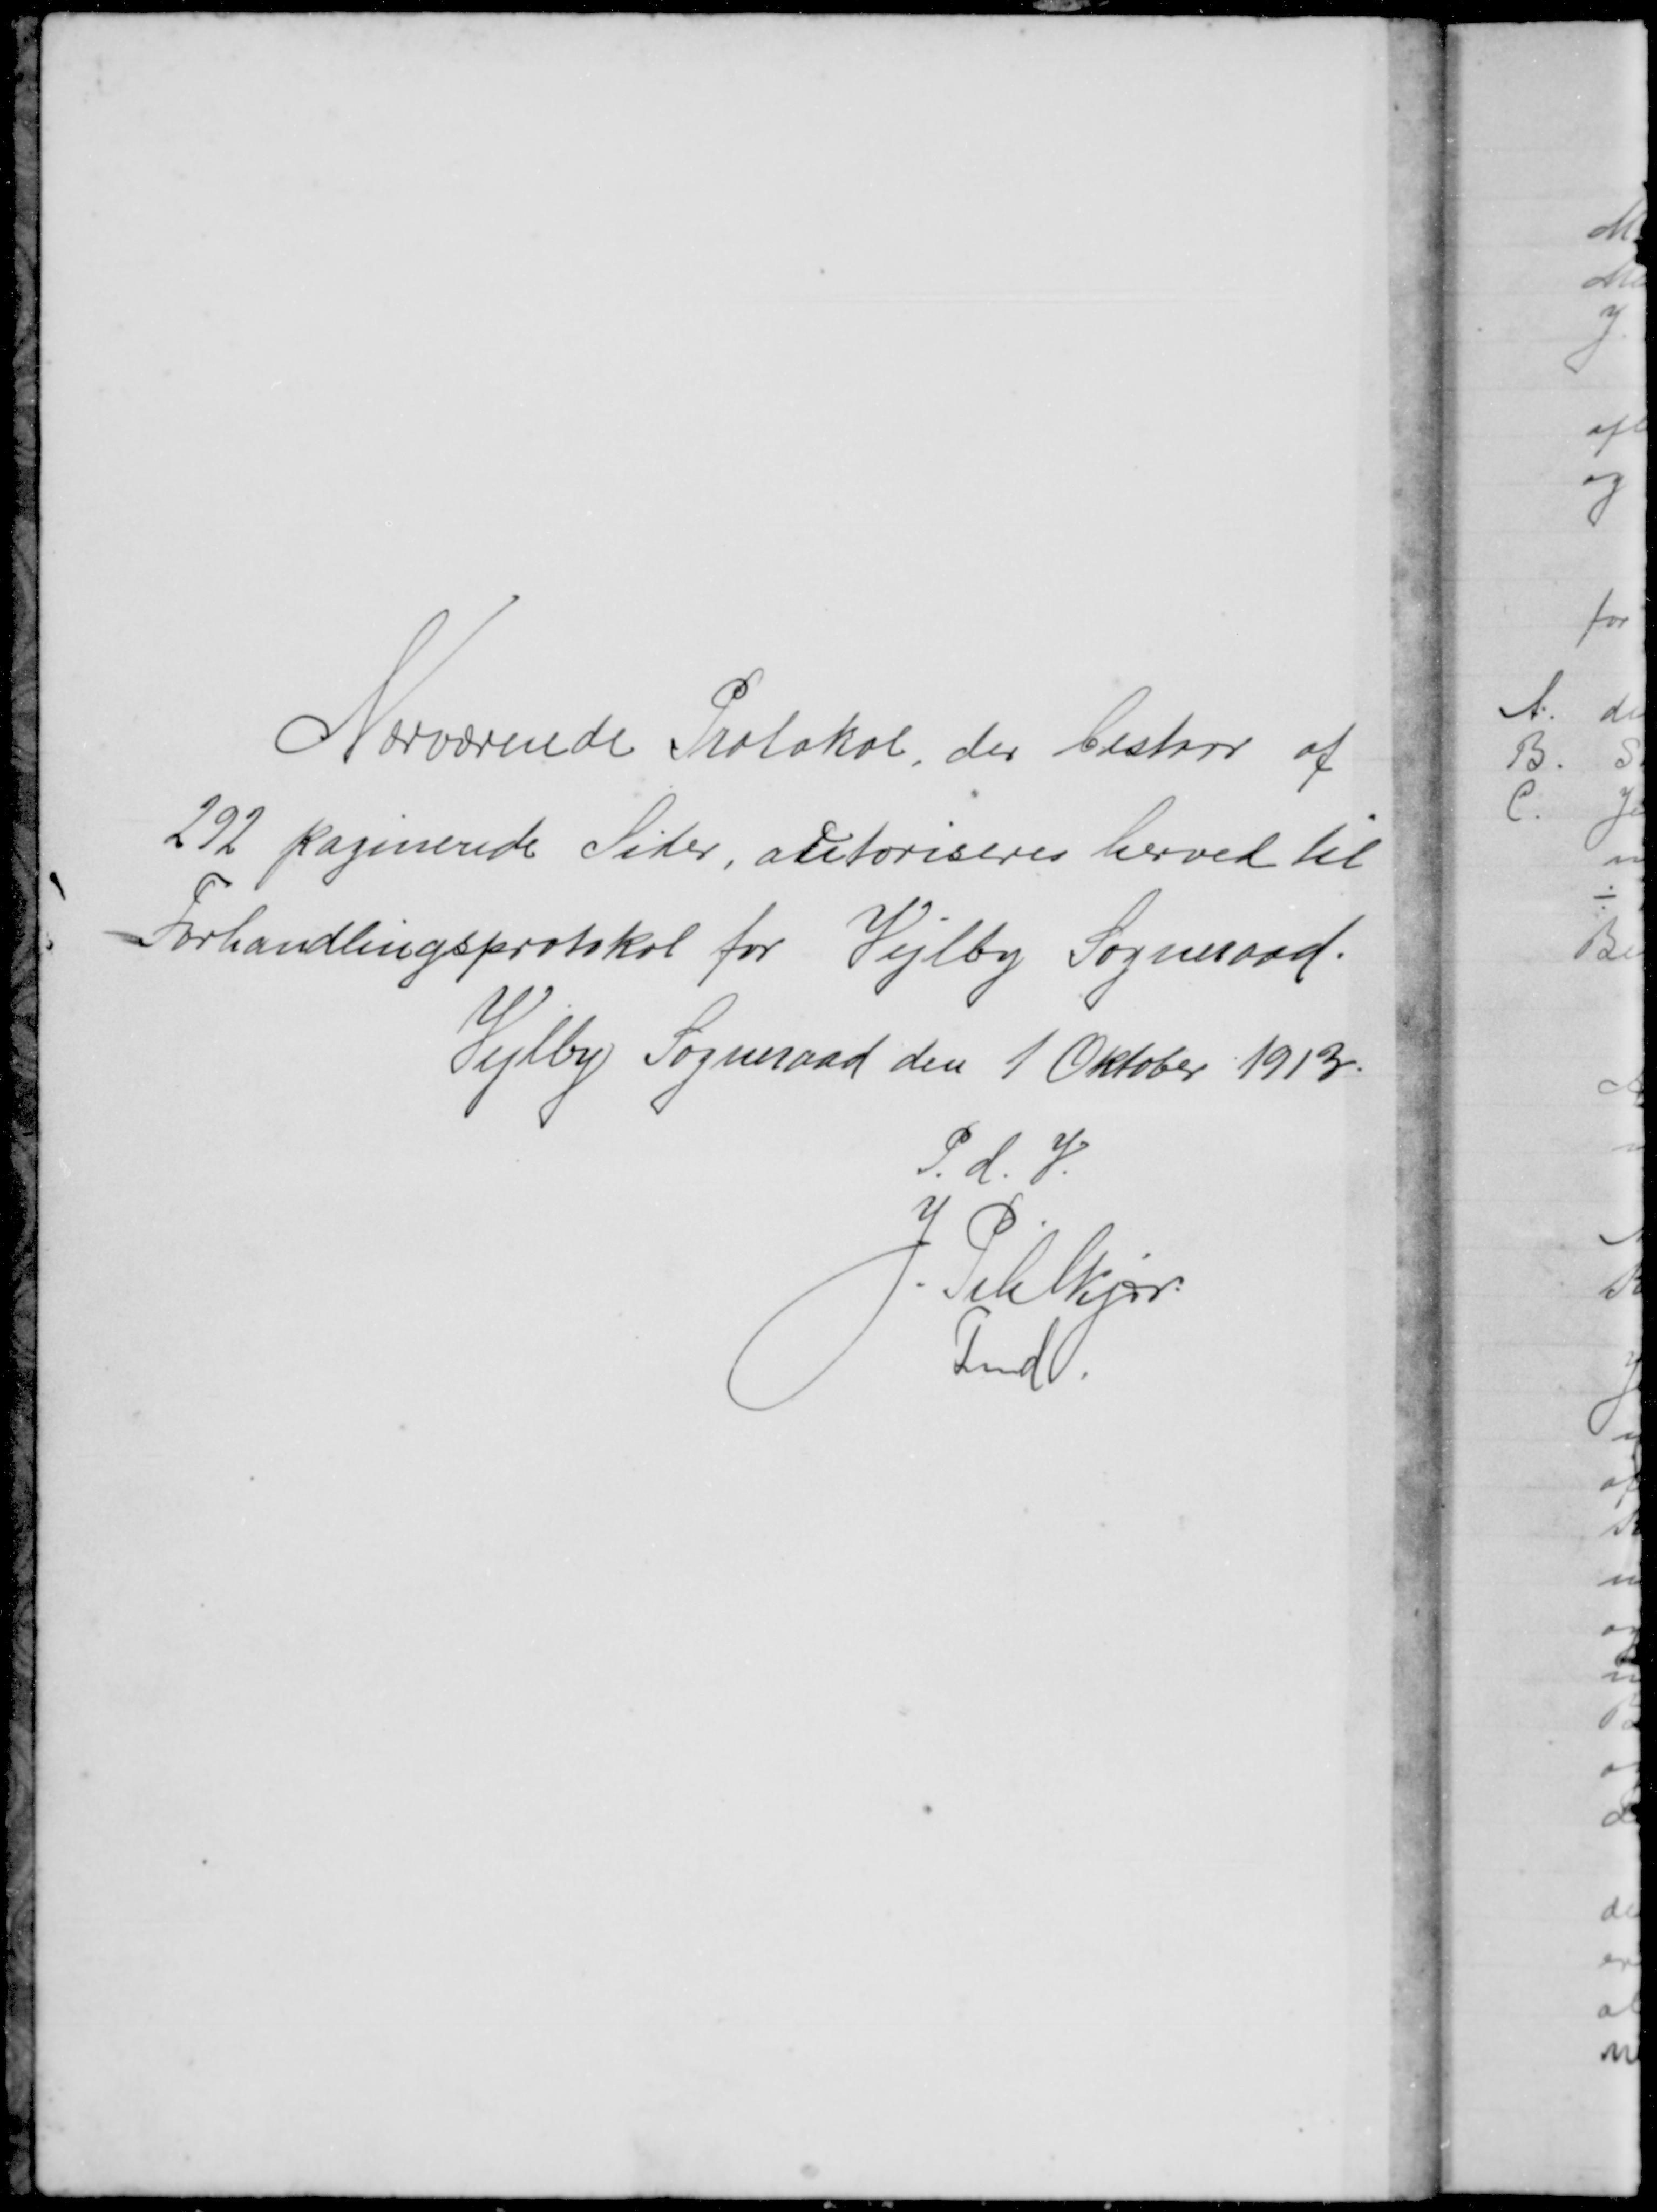
Transskription:
Nærværende Protokol, der bestaar af
292 paginerede Sider, autoriseres herved til 
Forhandlingsprotokol for Vejlby Sogneraad.
Vejlby Sogneraad den 1 Oktober 1913.
P.d.V
J. Pihlkjær
Fmd.